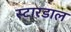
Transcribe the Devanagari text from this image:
स्टारडाल